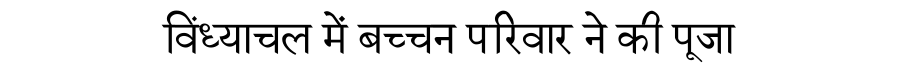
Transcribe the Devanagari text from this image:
विंध्याचल में बच्चन परिवार ने की पूजा